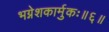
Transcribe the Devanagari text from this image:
भग्नेशकार्मुकः॥६॥